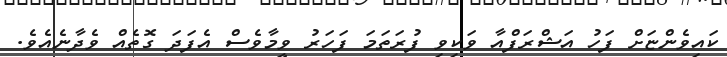
ކައިވެންޏަށް ފަހު އަޝްރަފްއާ ވަކިވި ފުރަތަމަ ފަހަރު ވީމާވެސް އެފަދަ ގޮތެއް ވެދާނެއެވެ.